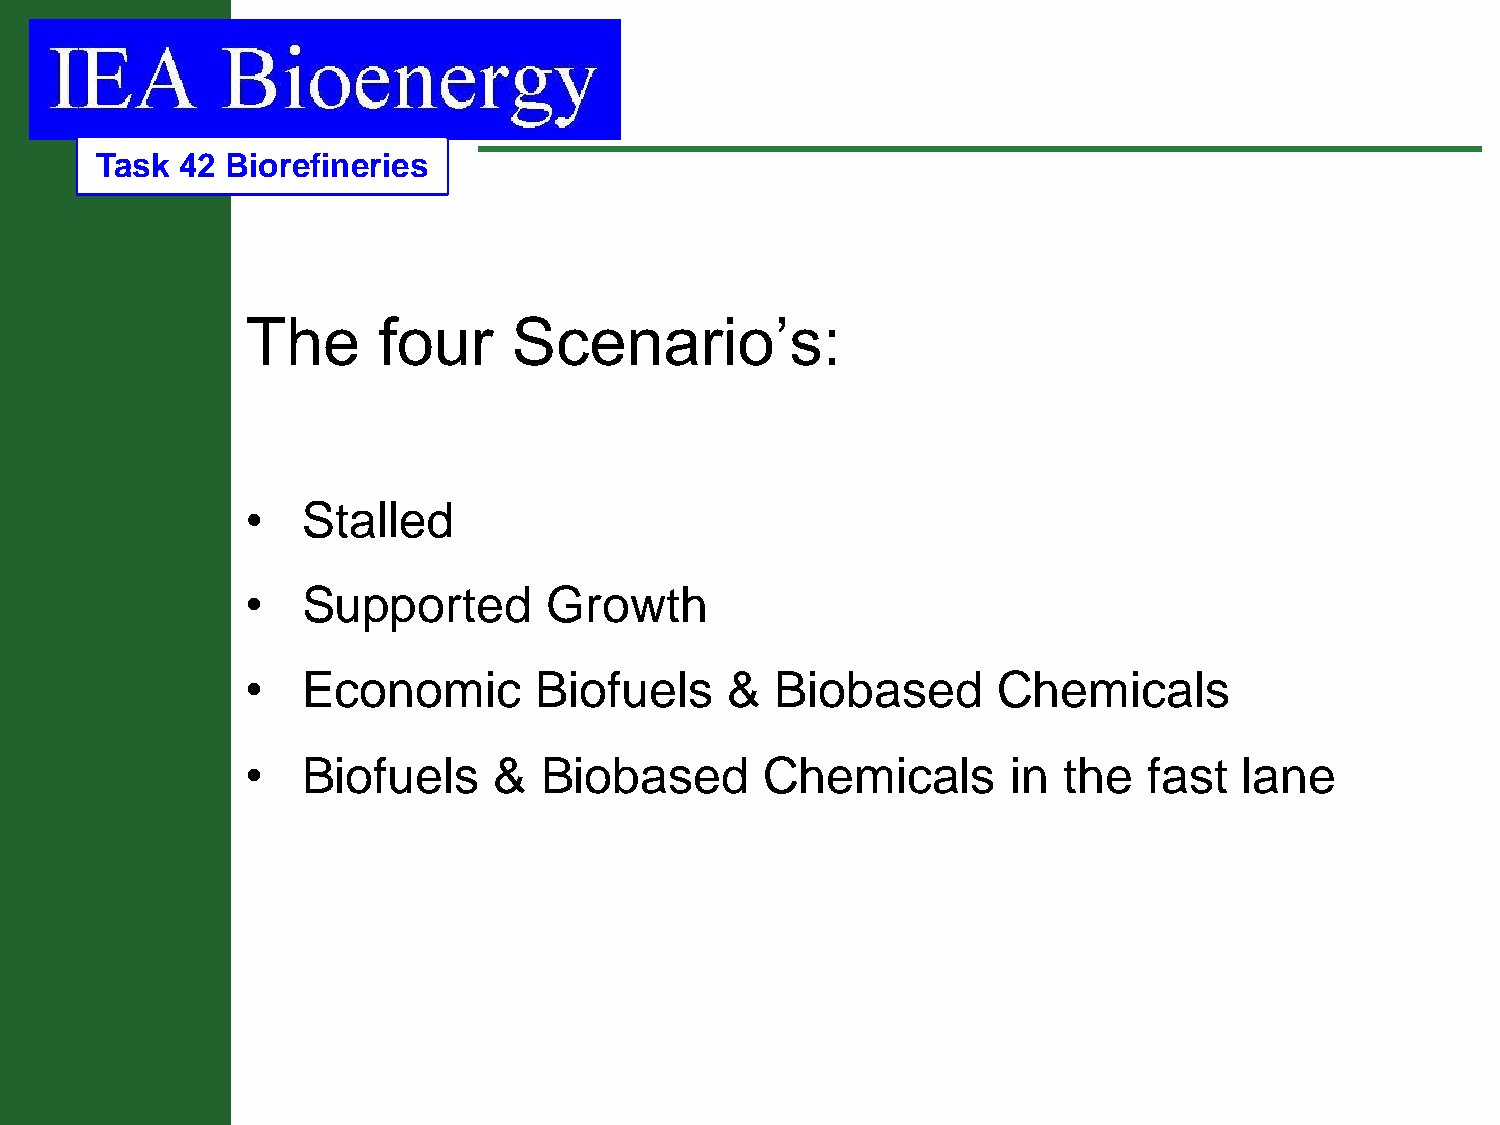
Task  42 Biorefineries
 The      four     Scenario’s:
 •   Stalled
 •   Supported       Growth
 •   Economic       Biofuels     &  Biobased       Chemicals
 •   Biofuels     &  Biobased       Chemicals       in the   fast  lane